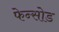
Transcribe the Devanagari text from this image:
फेन्सोड